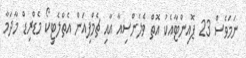
ނަމަވެސް 23 ޕޮއިންޓާއެކު އޮތް ވެލެންސިއާ އާއި ޗެމްޕިއަން އެތްލެޓިކޯ މެޑްރިޑް މާދަމާ